King Institute of Preventive Medicine Micro-Biological Section reports 1909-11
Year: 1909
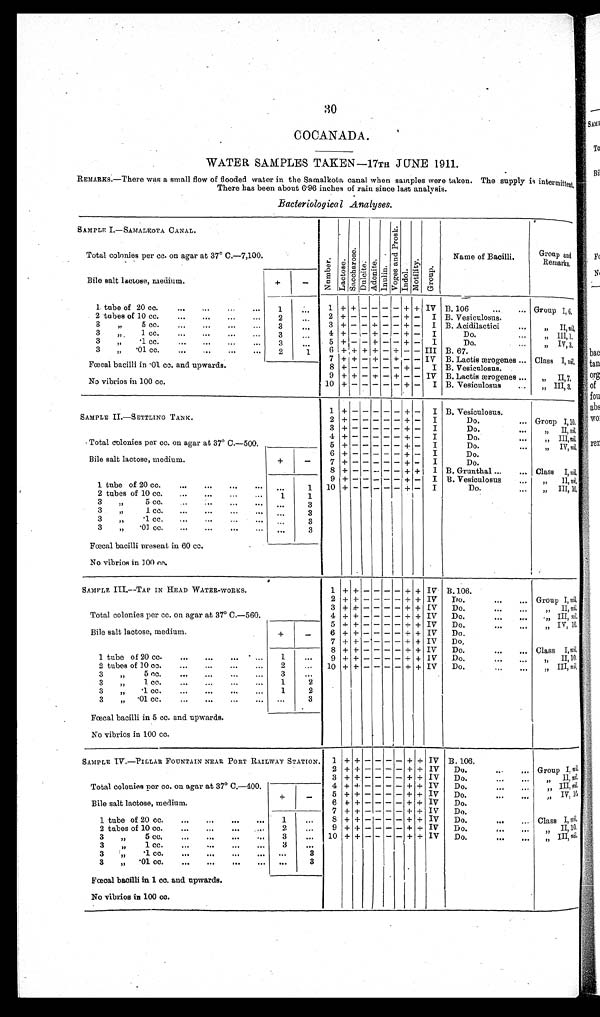
30
COCANADA.
WATER SAMPLES TAKEN—17TH JUNE 1911.
REMARKS. —There was a small flow of flooded water in the Samalkota canal when samples were taken. The supply is intermittent.
There has been about 6.96 inches of rain since last analysis.
Bacteriological Analyses.
SAMPLE. I.—SAMALKOTA CANAL.
N u m b e r . L a c t o s e .
S a c c h a r o s e .
D u l c i t e .
Adoni t e. I n u l i n .
V o g e s a n d P r o s k .
I ndol .
Mo t l i t y .
G r o u p
Name of Bacilli.
Gr o u p . a n d
Remarks.
Total colonies per cc. on agar at 37° C.—7,100.
Bile salt lactose, medium.
+
-
1 tube of 20 cc.
...
...
...
...
1
. . . 1 + + - - - - + + IV B. 106
...
... Group I, 6.
2 tubes of 10 cc.
...
...
...
...
2
. . .
2 + -
- - - - + - I B. Vesiculosus.
3 „ 5 cc. ... ... ... ...
3
. . .
3 + -
- + - - + - I B. Acidilactici
...
„ II n i l .
3 „ 1 cc
...
...
...
...
3
. . .
4 + -
- + - - + - I
Do.
...
„ I I I , 1 .
3 „ .1 cc.
...
...
...
...
3
. . .
5 + - - + - - + - I
Do,
...
„ I V , 3 .
3 „
. 0 1
c c .
. . .
. . .
. . .
2
1
6 + + + + - + - - III B. 67.
F œ c a l b a c i l l i i n . 0 1 c c . a n d u p w a r d s .
7 + + - + - + - - IV B. Lactis ærogenes ... Class I, n i l .
8 +
- - - -
+
- I B. Vesiculosus.
9 + + - + - + - - IV B. Lactis ærogenes
„ II, 7.
No vibrios in 100 cc.
10 +
-
- - - - + - I B. Vesiculosus
...
„ I I I , 3 .
SAMPLE II—SETTLING TANK.
1
+
+
- - - - + - I B. Vesiculosus.
2
+ -
- - - - + - I
Do.
... Group I , 10.
3
+ -
- - - - + - I
Do.
...
„ II, n i l .
Total colonies per cc. on agar at 37° C.—500.
4
+ -
- - - - + - I
Do.
...
„ III, n i l
5 + + - - - - + - I
Do.
...
„ I V ,
n i l
Bile salt lactose, medium.
+
-
6 + -
- - - - + - I
Do.
7 + + - - - - + - I
Do.
8 + + - - - - + + I B. Grunthal ...
... Class
I ,
n i l
1 tube of 20 cc.
...
...
... ..
...
1
9 + -
- - - - + - I B. Vesiculosus
...
„ II, n i l .
10 + - - - - - + - I
Do.
...
„ III, 10.
2 tubes of 10 cc.
...
...
...
...
1
1
3
„
5 cc.
...
... ...
3
3
„ 1 c c
. . .
3
3
„
.1 cc.
...
...
...
... ...
3
3
„
.01 cc. ... ... ... ..
. . .
3
Fœcal bacilli present in 60 cc.
No vibrios in 100 cc.
SAMPLE III.—TAP IN HEAD WATER-WORKS.
1 + + - - - - + + IV B. 106.
2 + + - -
- - + + IV
Do.
... ...
Group I, nil.
Total colonies per cc. on agar at 37° C.—560.
3 + + - -
- - + + IV
Do.
... ...
„ I I ,
n i l .
4 + + - -
- - + + IV Do.
...
...
„ III, nil.
Bile salt lactose, medium.
+
-
5 +- + - - - - + + IV
Do.
...
...
„ I V 1 0
8 + + - -
- - + + IV Do.
7 + - - -
- - + + IV
Do,
1 tube of 20 cc.
...
...
...
...
1
. . .
8 + + - -
- - + + IV
Do.
...
...
Class I, nil.
9 + + - -
- - + + IV
Do.
...
...
„ II, 10.
2 tubes of 10 cc.
...
...
...
...
2
...
10 + + - -
- - + + IV
Do.
...
...
„ I I I ,
n i l .
3
„ 5 c c .
3
...
3
„
1 cc.
...
...
...
...
1
2
3
„
.1 cc. ... ... ... ...
1
2
3
„ .01 cc. ... ... ... ...
...
3
Fœcal bacilli in 5 cc. and upwards.
No vibrios in 100 cc.
SAMPLE IV.—PILLAR FOUNTAIN NEAR PORT RAILWAY STATION. 1 + + - - - - + + IV B. 106.
2 + + - - -
- + + IV
Do.
... ...
Group I, n i l .
3 + + - - -
- +. + IV
Do.
... ...
„ I I ,
n i l .
Total colonies per cc. on agar at 37° C.—400.
+
-
4 + + - - - - + + IV
Do.
... ...
„ I I I ,
n i l
.
5 + + - - - - + + IV
Do.
... ...
„ I V , 1
0 .
Bile salt lactose, medium.
6 + + - - -
- + + IV
Do.
7 + + - - - - + + IV Do.
1 tube of 20 cc. . . .
. . .
1
...
8 + + - - -
- + + Iv Do.
... ... Class I, nil.
2 tubes of 10 cc.
...
..,
...
..,
2
...
9 + + - - - - + + IV Do.
...,
„,
„ I I , 1 0 .
3
„
5 cc,
...
...
...
3
... 10 + + - - -
- + + IV
Do.
... ...
„ I I I ,
n i l .
3
„ 1 c c .
. . .
. . .
. . .
. . .
3
. . .
3
„ . 1
c c .
. . .
. . .
. . .
. . .
. . .
3
3
„
. 0 1 c c .
. . .
. . .
. . .
. . .
. . .
3
Fœcal bacilli in 1 cc. and upwards.
No Vibrios in 100 cc.